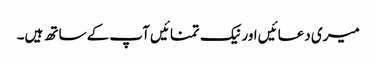
میری دعائیں اور نیک تمنائیں آپ کے ساتھ ہیں۔